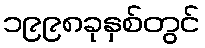
၁၉၉၈ခုနှစ်တွင်